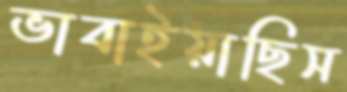
ভাবাইয়াছিস